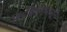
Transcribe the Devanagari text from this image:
विश्वविक्रमांपासून